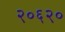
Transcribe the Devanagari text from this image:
२०६२०